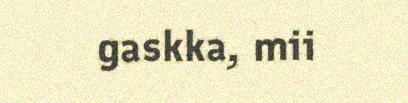
gaskka, mii